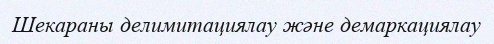
Шекараны делимитациялау және демаркациялау